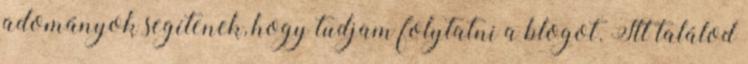
adományok segítenek, hogy tudjam folytatni a blogot. Itt találod